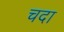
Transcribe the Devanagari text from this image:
चदा